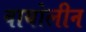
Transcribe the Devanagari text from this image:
वायोलीन